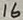
Text: 16